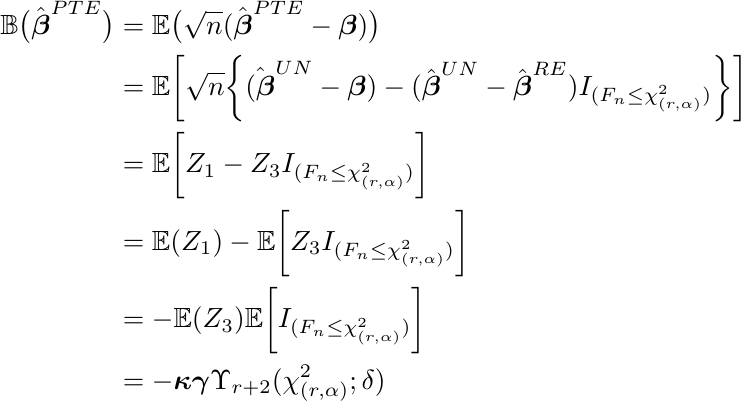
\begin{align}
\mathbb{B}\big(\hat{\boldsymbol{\beta}}^{PTE}\big)& =\mathbb{E}\big(\sqrt{n}(\hat{\boldsymbol{\beta}}^{PTE}-\boldsymbol{\beta})\big) \nonumber \\
& = \mathbb{E} \bigg[\sqrt{n} \bigg\{\hat{ (\boldsymbol{\beta}}^{UN}- \boldsymbol{\beta}) - (\hat{\boldsymbol{\beta}}^{UN}-\hat{\boldsymbol{\beta}}^{RE}) I_{(F_n \leq \chi^2_{(r, \alpha)})} \bigg\} \bigg] \nonumber\\
& =\mathbb{E} \bigg[Z_1- Z_3 I_{(F_n \leq \chi^2_{(r, \alpha)})} \bigg] \nonumber\\
& = \mathbb{E}  (Z_1)- \mathbb{E} \bigg[Z_3 I_{(F_n \leq \chi^2_{(r, \alpha)})} \bigg] \nonumber\\
& =- \mathbb{E}  (Z_3)\mathbb{E} \bigg[I_{(F_n \leq \chi^2_{(r, \alpha)})} \bigg] \nonumber\\
& = - \boldsymbol{\kappa} \boldsymbol{\gamma}\Upsilon_{r+2}(\chi^2_{(r, \alpha)}; \delta)\nonumber
\end{align}